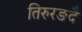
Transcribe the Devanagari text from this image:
तिरुरङदै